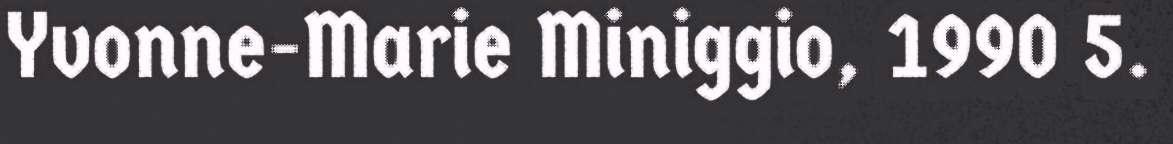
Yvonne-Marie Miniggio, 1990 5.